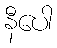
နီပေါ